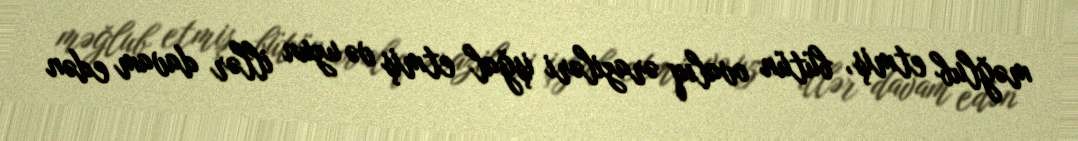
məğlub etmiş, bütün ovalıq əraziləri işğal etmiş və uzun illər davam edən